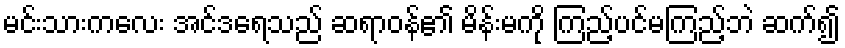
မင်းသားကလေး အင်ဒရေသည် ဆရာဝန်၏ မိန်းမကို ကြည့်ပင်မကြည့်ဘဲ ဆက်၍